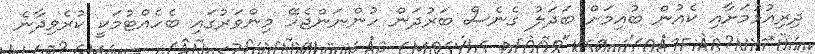
ދިރިއުޅުމަށާއި ކެއުން ބުއިމަށް ބަދަލު ގެނެސް ބަރުދަން ހުންނަންޖެހޭ މިންވަރުގައި ބެހެއްޓުމަކީ ކުރެވިދާނެ